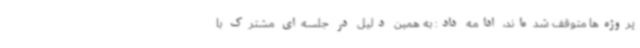
پروژه‌ها متوقف شده‌اند، ادامه داد: به همین دلیل در جلسه‌ای مشترک با